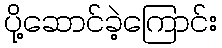
ပို့ဆောင်ခဲ့ကြောင်း